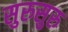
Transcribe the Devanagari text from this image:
सुरुसुरु